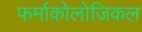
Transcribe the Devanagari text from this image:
फर्माकोलोजिकल